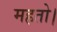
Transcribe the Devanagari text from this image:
महतो।